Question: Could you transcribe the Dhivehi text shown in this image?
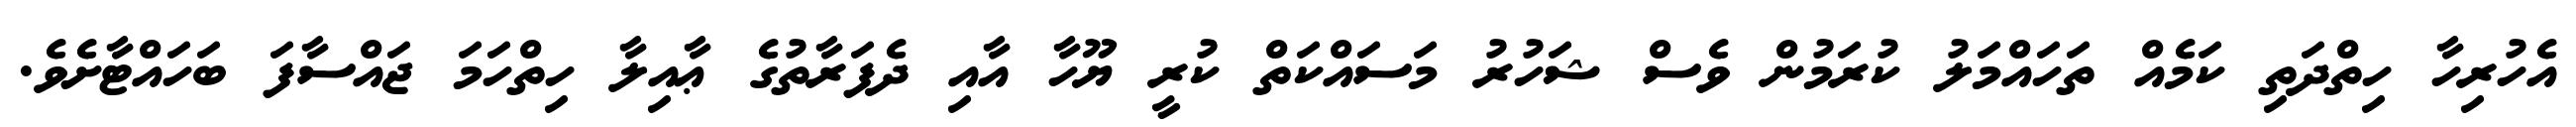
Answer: އެހުރިހާ ހިތްދަތި ކަމެއް ތަހައްމަލު ކުރަމުން ވެސް ޝަހުރު މަސައްކަތް ކުރީ ޔޫހާ އާއި ދެފަރާތުގެ ޢާއިލާ ހިތްހަމަ ޖައްސާފަ ބަހައްޓާށެވެ.